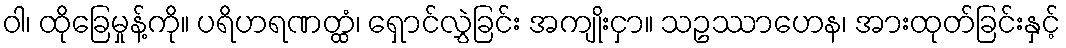
ဝါ၊ ထိုခြေမှုန့်ကို။ ပရိဟရဏတ္ထံ၊ ရှောင်လွှဲခြင်း အကျိုးငှာ။ သဥဿာဟေန၊ အားထုတ်ခြင်းနှင့်